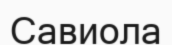
Савиола